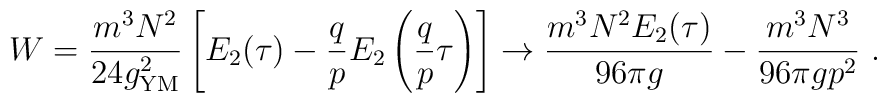
W = {m^3N^2\over 24 g_{{\rm YM}}^2}\left[E_2(\tau) -{q\over p}E_2\left({q\over p}\tau\right)\right]\to {m^3N^2E_2(\tau)\over 96 \pi g}-{m^3N^3\over 96 \pi gp^2} \ .